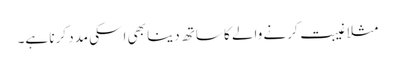
مثلا غیبت کرنے والے کا ساتھ دینا بھی اسکی مدد کرنا ہے۔